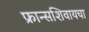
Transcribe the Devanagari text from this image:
फ्रान्सशिवायचा